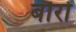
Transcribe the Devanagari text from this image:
बौरों